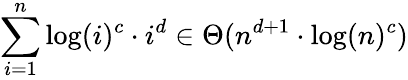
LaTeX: \sum_{i=1}^{n}\log(i)^{c}\cdot i^{d}\in\Theta(n^{d+1}\cdot\log(n)^{c})